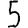
Digit: 5